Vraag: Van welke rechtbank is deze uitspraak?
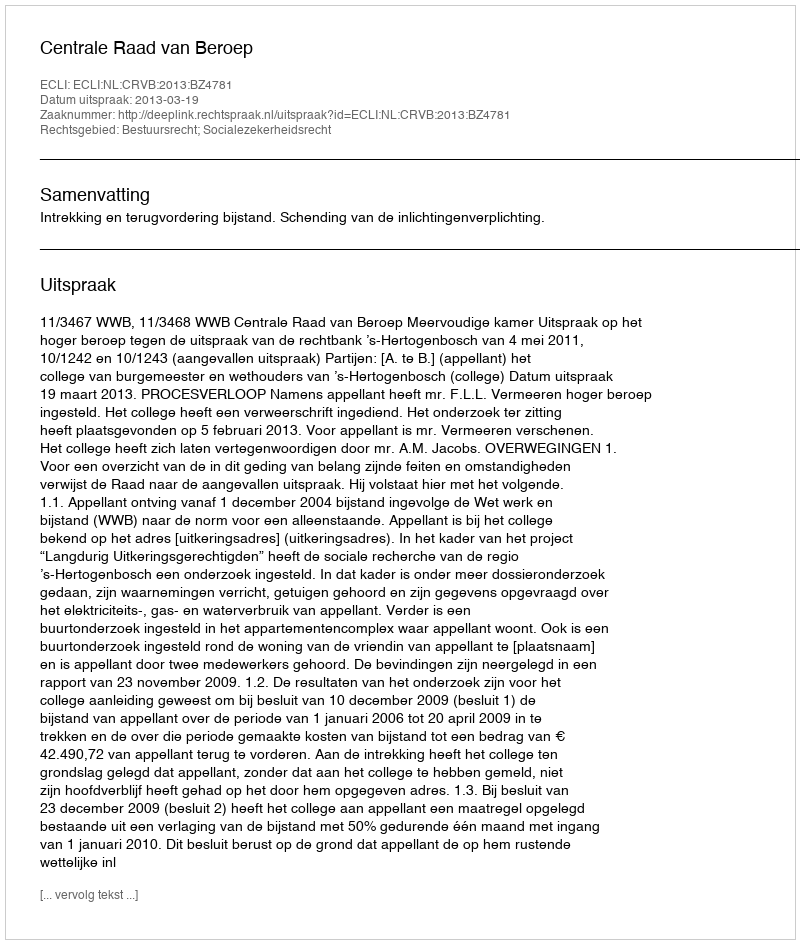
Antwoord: Centrale Raad van Beroep